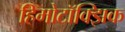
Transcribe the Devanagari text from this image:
हिमोटॉक्झिक